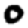
Digit: 0